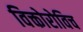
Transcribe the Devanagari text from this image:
विक्तोरोविच